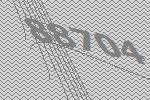
88704